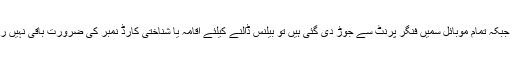
اب جبکہ تمام موبائل سمیں فنگر پرنٹ سے جوڑ دی گئی ہیں تو بیلنس ڈالنے کیلئے اقامہ یا شناختی کارڈ نمبر کی ضرورت باقی نہیں رہی۔